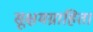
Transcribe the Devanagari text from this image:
सूक्षमग्राहिता